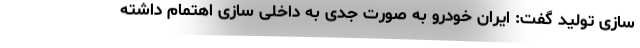
سازی تولید گفت: ایران خودرو به صورت جدی به داخلی سازی اهتمام داشته